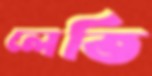
লেতি